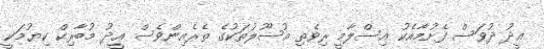
ޢީދު ދުވަސް ފެށުމާއެކު އިސްލާމީ ރިވެތި އުސޫލުތަކުގެ ތެރެއިންވެސް ޢީދު މުބާރިކް ކިޔުމަކީ